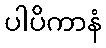
ပါပိကာနံ